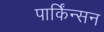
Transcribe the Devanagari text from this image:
पार्किंन्सन